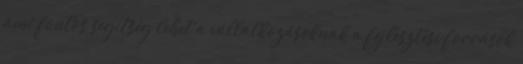
ami fontos segítség lehet a vállalkozásoknak a fejlesztési források